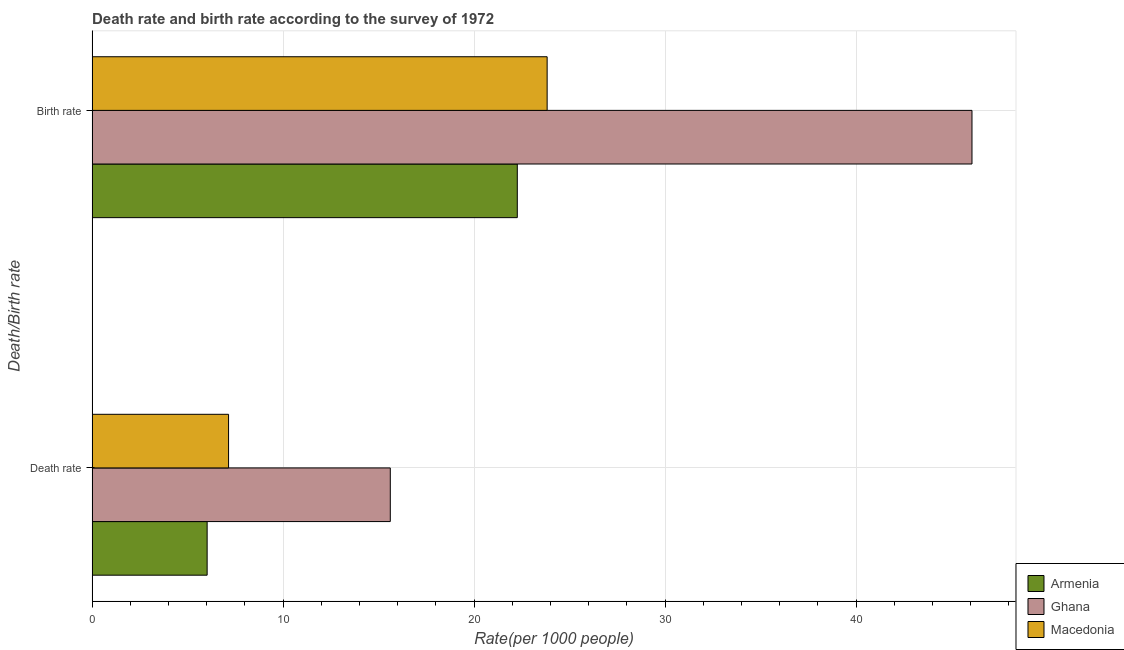
| Death/Birth rate | Armenia | Ghana | Macedonia |
 | --- | --- | --- | --- |
 | Death rate | 6.02 | 15.6 | 7.15 |
 | Birth rate | 22.3 | 46.1 | 23.8 |